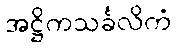
အဋ္ဌိကသင်္ခလိကံ